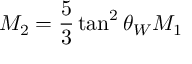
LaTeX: M _ { 2 } = \frac { 5 } { 3 } \tan ^ { 2 } \theta _ { W } M _ { 1 }